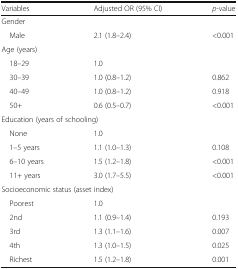
<table><thead><tr><td><b>Variables</b></td><td><b>Adjusted OR (95% CI)</b></td><td><b><i>p</i>-value</b></td></tr></thead><tbody><tr><td colspan="3">Gender</td></tr><tr><td> Male</td><td>2.1 (1.8–2.4)</td><td>&lt;0.001</td></tr><tr><td colspan="3">Age (years)</td></tr><tr><td> 18–29</td><td>1.0</td><td>[EMPTY_CELL]</td></tr><tr><td> 30–39</td><td>1.0 (0.8–1.2)</td><td>0.862</td></tr><tr><td> 40–49</td><td>1.0 (0.8–1.2)</td><td>0.918</td></tr><tr><td> 50+</td><td>0.6 (0.5–0.7)</td><td>&lt;0.001</td></tr><tr><td colspan="3">Education (years of schooling)</td></tr><tr><td> None</td><td>1.0</td><td>[EMPTY_CELL]</td></tr><tr><td> 1–5 years</td><td>1.1 (1.0–1.3)</td><td>0.108</td></tr><tr><td> 6–10 years</td><td>1.5 (1.2–1.8)</td><td>&lt;0.001</td></tr><tr><td> 11+ years</td><td>3.0 (1.7–5.5)</td><td>&lt;0.001</td></tr><tr><td colspan="3">Socioeconomic status (asset index)</td></tr><tr><td> Poorest</td><td>1.0</td><td>[EMPTY_CELL]</td></tr><tr><td> 2nd</td><td>1.1 (0.9–1.4)</td><td>0.193</td></tr><tr><td> 3rd</td><td>1.3 (1.1–1.6)</td><td>0.007</td></tr><tr><td> 4th</td><td>1.3 (1.0–1.5)</td><td>0.025</td></tr><tr><td> Richest</td><td>1.5 (1.2–1.8)</td><td>0.001</td></tr></tbody></table>